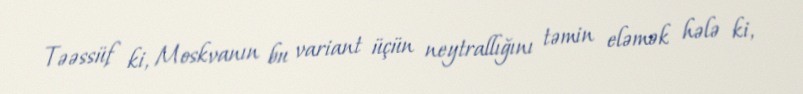
Təəssüf ki, Moskvanın bu variant üçün neytrallığını təmin eləmək hələ ki,